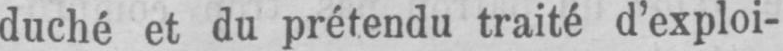
duché et du prétendu traité d’exploi-